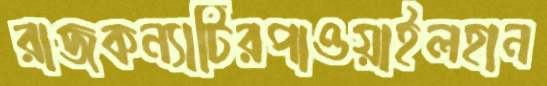
রাজকন্যাটিরপাওয়াইলহান